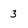
Character: 3